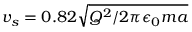
v _ { s } = 0 . 8 2 \sqrt { Q ^ { 2 } / 2 \pi \epsilon _ { 0 } m a }